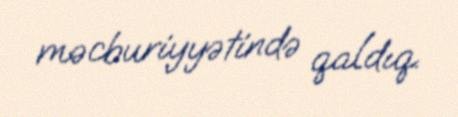
məcburiyyətində qaldıq.